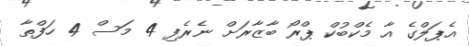
އެޕަލްގެ އާ މެކްބުކް ޕްރޯ ބާޒާރަށް ނެރެފި 4 މަސް 4 ހަފްތާ